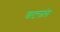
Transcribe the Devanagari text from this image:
बाटलांत